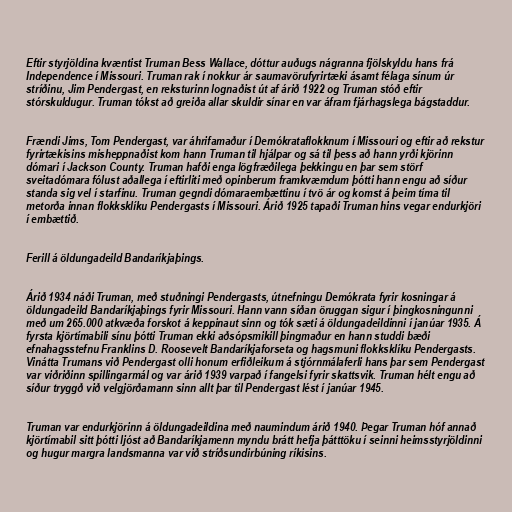
Eftir styrjöldina kvæntist Truman Bess Wallace, dóttur auðugs nágranna fjölskyldu hans frá
Independence í Missouri. Truman rak í nokkur ár saumavörufyrirtæki ásamt félaga sínum úr
stríðinu, Jim Pendergast, en reksturinn lognaðist út af árið 1922 og Truman stóð eftir
stórskuldugur. Truman tókst að greiða allar skuldir sínar en var áfram fjárhagslega bágstaddur.

Frændi Jims, Tom Pendergast, var áhrifamaður í Demókrataflokknum í Missouri og eftir að rekstur
fyrirtækisins misheppnaðist kom hann Truman til hjálpar og sá til þess að hann yrði kjörinn
dómari í Jackson County. Truman hafði enga lögfræðilega þekkingu en þar sem störf
sveitadómara fólust aðallega í eftirliti með opinberum framkvæmdum þótti hann engu að síður
standa sig vel í starfinu. Truman gegndi dómaraembættinu í tvö ár og komst á þeim tíma til
metorða innan flokksklíku Pendergasts í Missouri. Árið 1925 tapaði Truman hins vegar endurkjöri
í embættið.

Ferill á öldungadeild Bandaríkjaþings.

Árið 1934 náði Truman, með stuðningi Pendergasts, útnefningu Demókrata fyrir kosningar á
öldungadeild Bandaríkjaþings fyrir Missouri. Hann vann síðan öruggan sigur í þingkosningunni
með um 265.000 atkvæða forskot á keppinaut sinn og tók sæti á öldungadeildinni í janúar 1935. Á
fyrsta kjörtímabili sínu þótti Truman ekki aðsópsmikill þingmaður en hann studdi bæði
efnahagsstefnu Franklins D. Roosevelt Bandaríkjaforseta og hagsmuni flokksklíku Pendergasts.
Vinátta Trumans við Pendergast olli honum erfiðleikum á stjórnmálaferli hans þar sem Pendergast
var viðriðinn spillingarmál og var árið 1939 varpað í fangelsi fyrir skattsvik. Truman hélt engu að
síður tryggð við velgjörðamann sinn allt þar til Pendergast lést í janúar 1945.

Truman var endurkjörinn á öldungadeildina með naumindum árið 1940. Þegar Truman hóf annað
kjörtímabil sitt þótti ljóst að Bandaríkjamenn myndu brátt hefja þátttöku í seinni heimsstyrjöldinni
og hugur margra landsmanna var við stríðsundirbúning ríkisins.